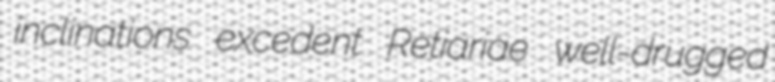
inclinations excedent Retiariae well-drugged